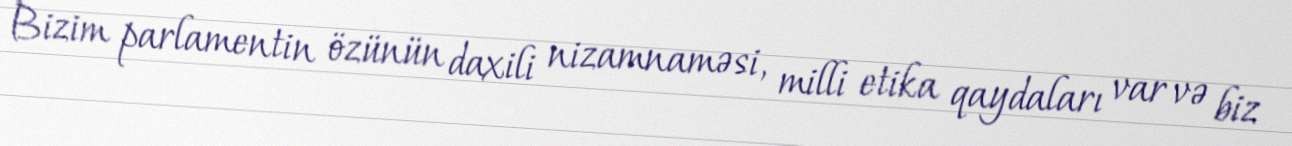
Bizim parlamentin özünün daxili nizamnaməsi, milli etika qaydaları var və biz